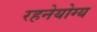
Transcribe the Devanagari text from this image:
रहनेयोग्य